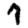
Digit: 7